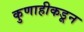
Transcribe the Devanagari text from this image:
कुणाहीकडून